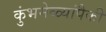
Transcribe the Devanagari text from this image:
कुंभमेळ्यांपैकी